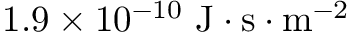
1 . 9 \times 1 0 ^ { - 1 0 } \mathrm { ~ J } \cdot \mathrm { s } \cdot \mathrm { m } ^ { - 2 }